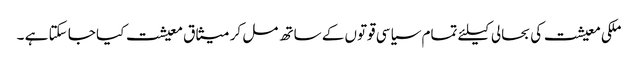
ملکی معیشت کی بحالی کیلئے تمام سیاسی قوتوں کے ساتھ مل کر میثاق معیشت کیا جا سکتا ہے ۔